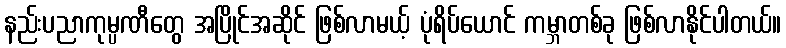
နည်းပညာကုမ္ပဏီတွေ အပြိုင်အဆိုင် ဖြစ်လာမယ့် ပုံရိပ်ယောင် ကမ္ဘာတစ်ခု ဖြစ်လာနိုင်ပါတယ်။